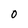
Character: 0